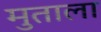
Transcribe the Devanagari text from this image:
मुताला